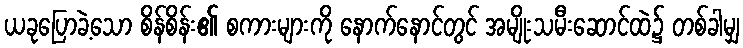
ယခုပြောခဲ့သော စိန်စိန်း၏ စကားများကို နောက်နောင်တွင် အမျိုးသမီးဆောင်ထဲ၌ တစ်ခါမျှ